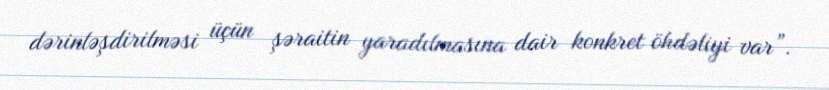
dərinləşdirilməsi üçün şəraitin yaradılmasına dair konkret öhdəliyi var”.